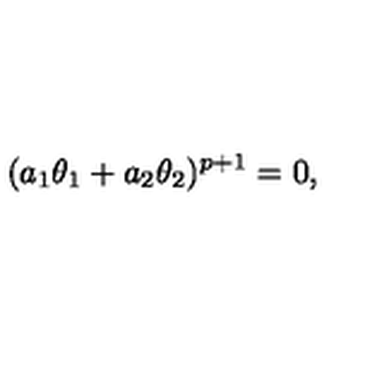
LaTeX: ( a _ { 1 } \theta _ { 1 } + a _ { 2 } \theta _ { 2 } ) ^ { p + 1 } = 0 ,